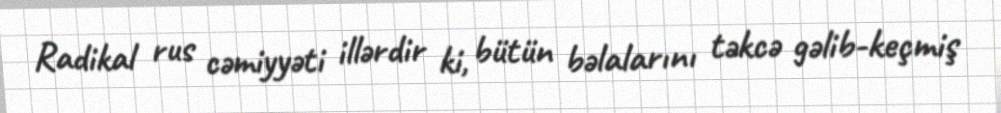
Radikal rus cəmiyyəti illərdir ki, bütün bəlalarını təkcə gəlib-keçmiş